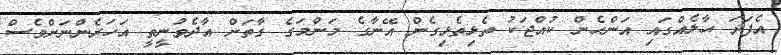
އެފަދަ ޙާލެއްގައި އަންހެން ކުއްޖަކު ތެޅިތެޅިގެން އޭނާގެ މަންމަގެ ގާތަށް އާދެވުނީތީ އަހަރެންނަށްވެސް